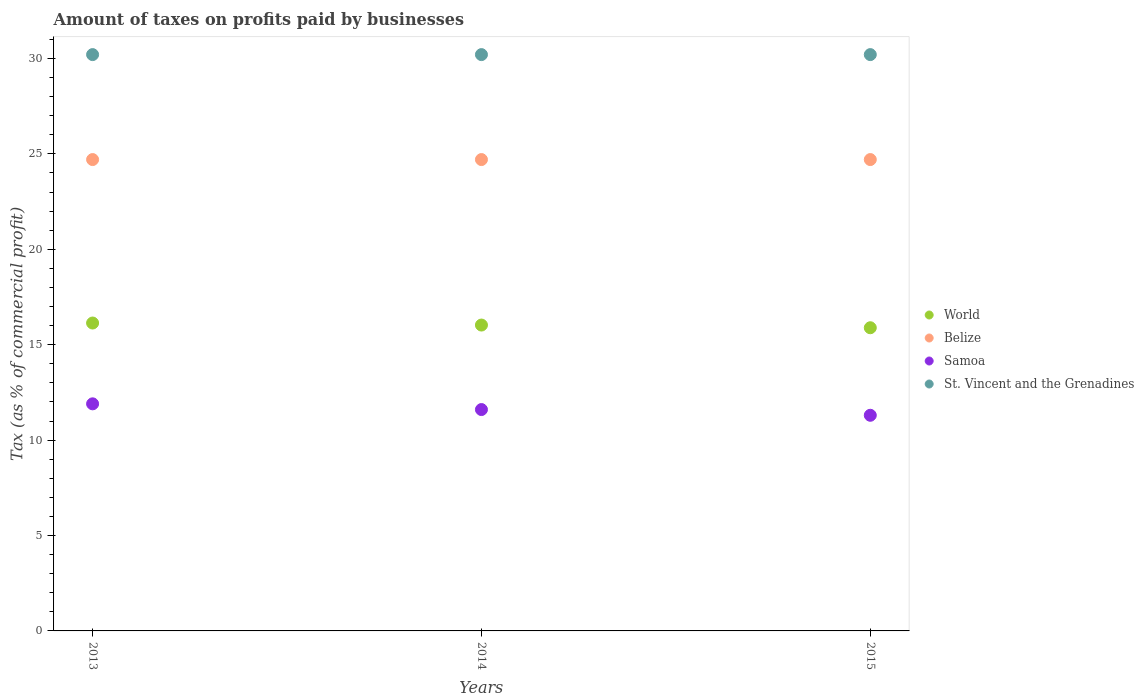
| Years | World | Belize | Samoa | St. Vincent and the Grenadines |
 | --- | --- | --- | --- | --- |
 | 2013 | 16.1 | 24.7 | 11.9 | 30.2 |
 | 2014 | 16 | 24.7 | 11.6 | 30.2 |
 | 2015 | 15.9 | 24.7 | 11.3 | 30.2 |